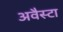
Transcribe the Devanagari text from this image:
अवैस्टा